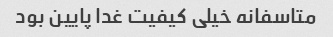
متاسفانه خیلی کیفیت غدا پایین بود